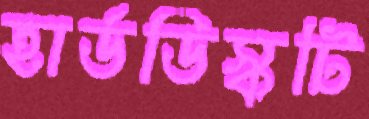
হার্ডডিস্কটি